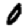
Digit: 0